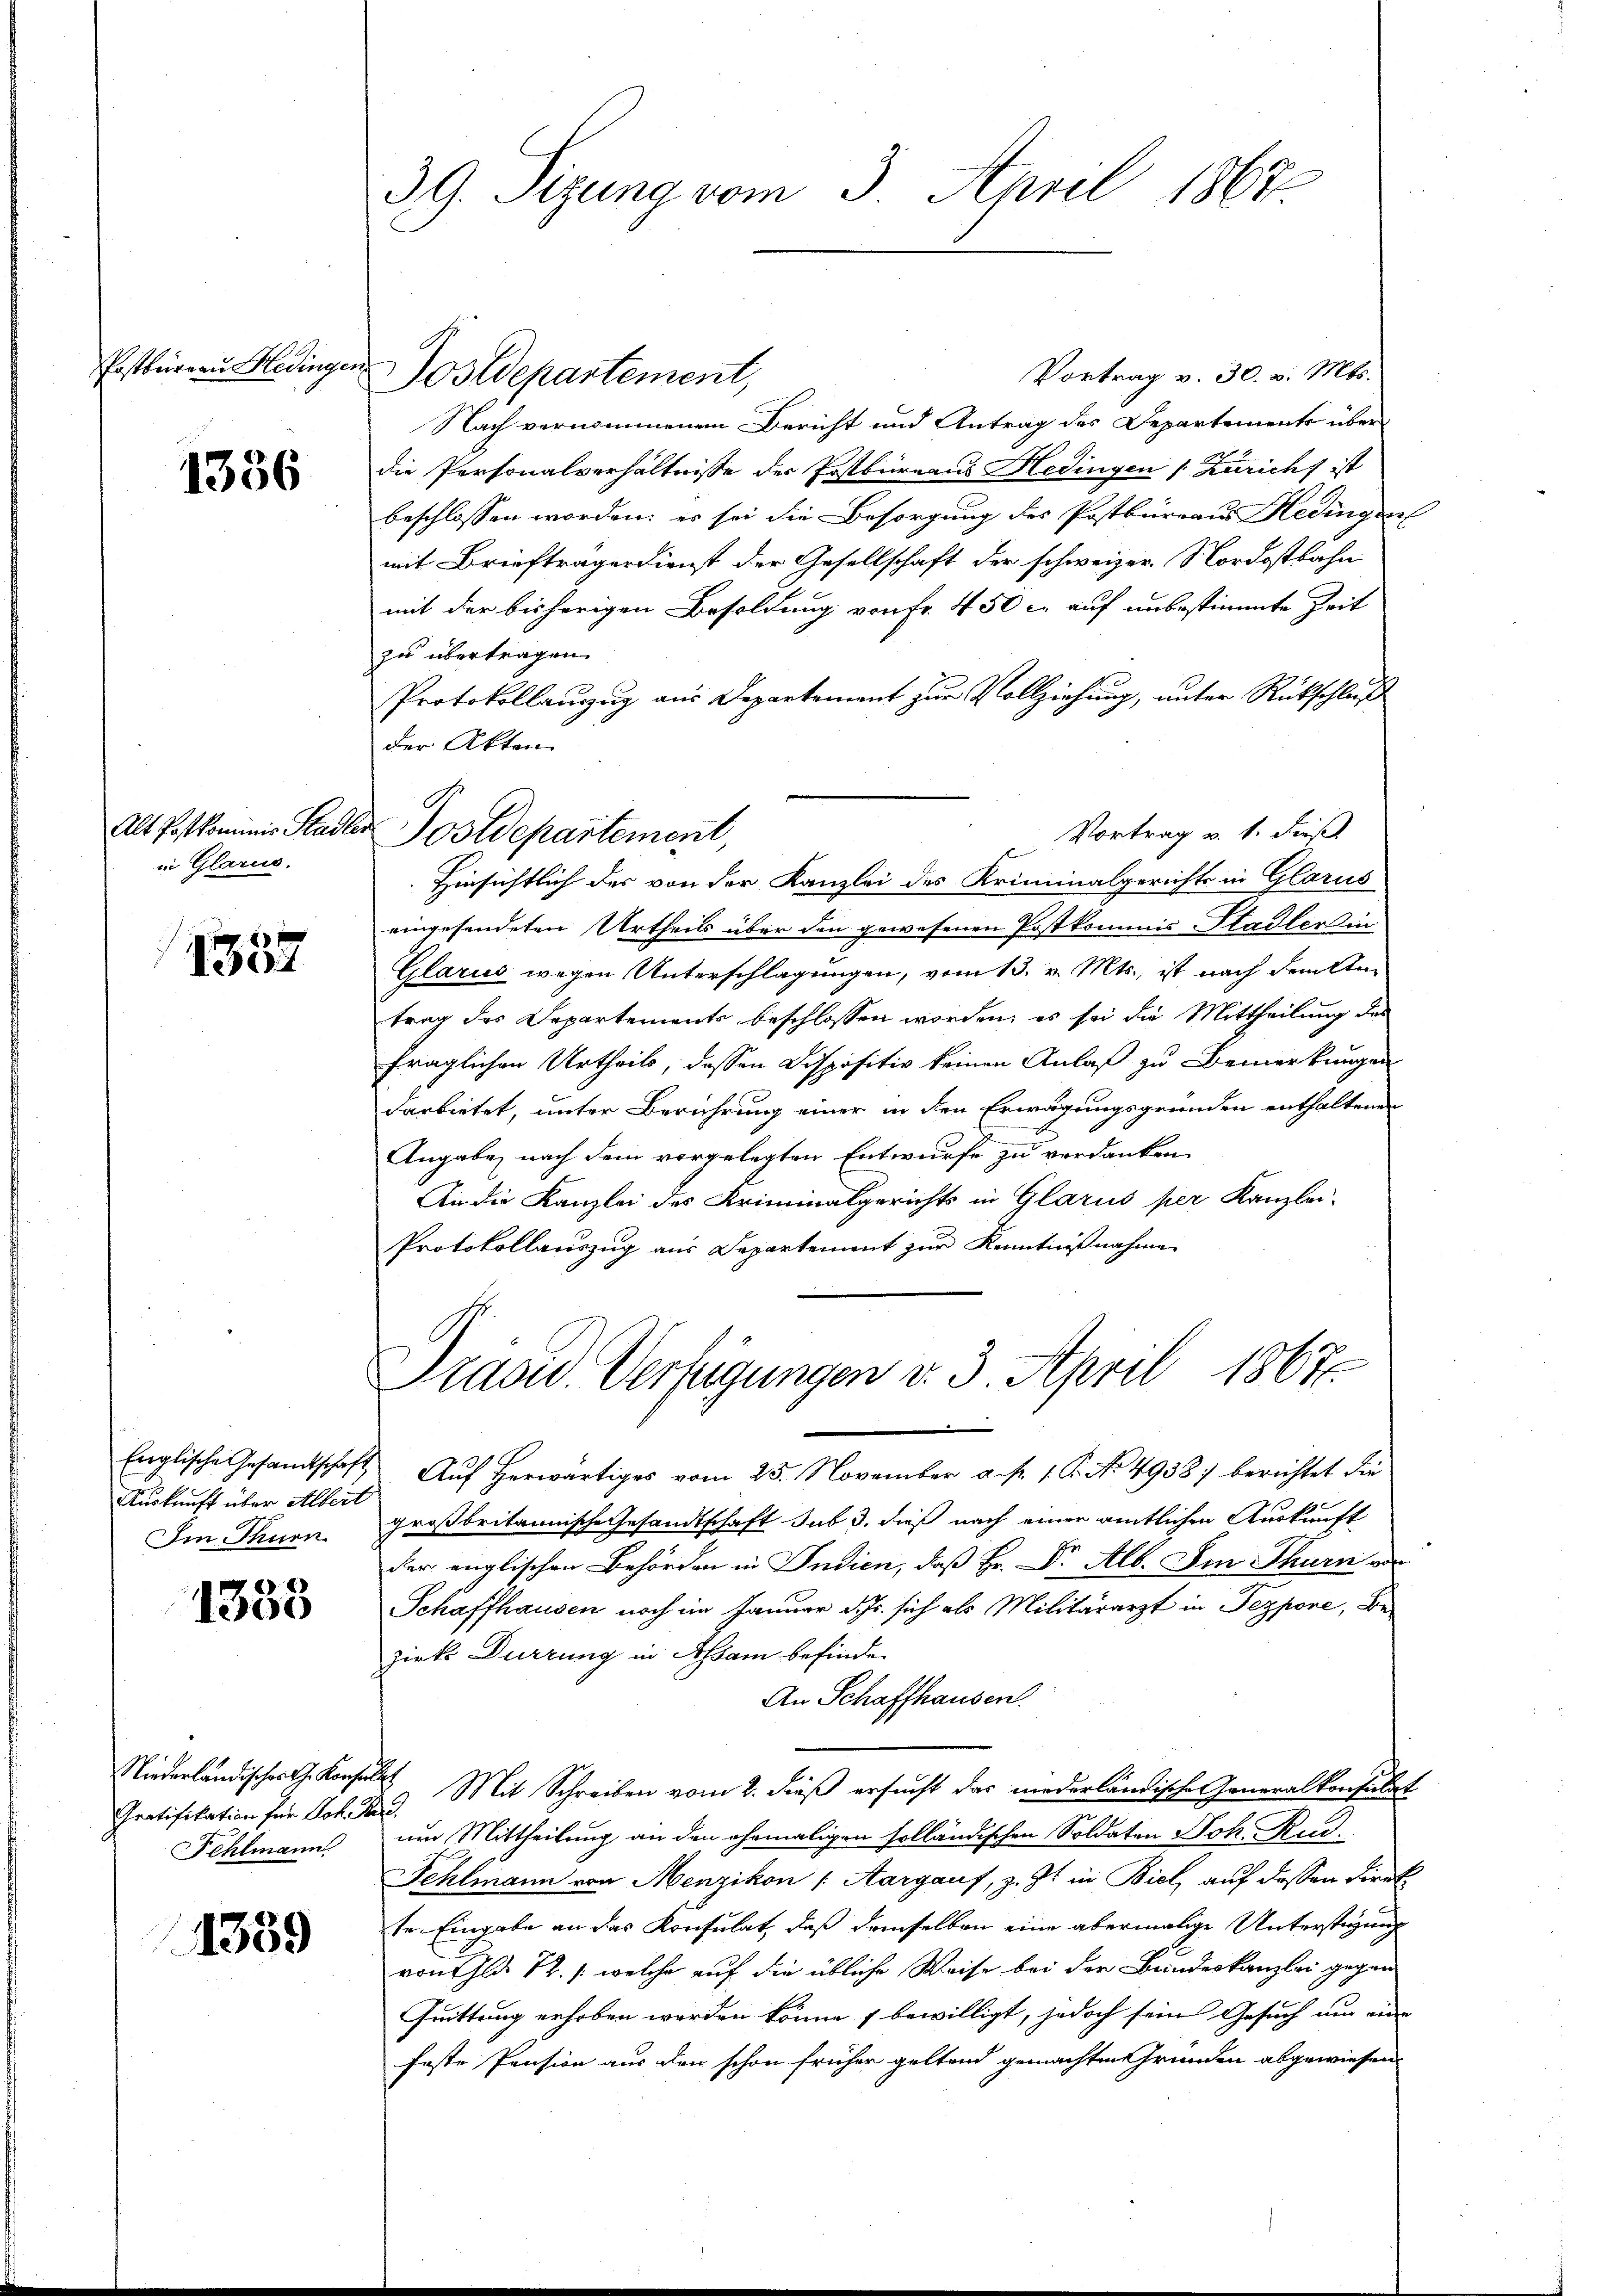
Postbureau Hedingen

1336

in Glarus.

1337

Englische Gesandtschaft
Auskunft über Albert
Im Thurn

768)
1300

Gratifikation für Joh. Rud.
Fehlmann

1389

39. Sizung vom 3. April 1867.

Vortrag v. 30. v. Mts.
Postdepartement,
Nach vernommenen Bericht und Antrag des Departements über
die Personalverhältnisse der Postbureaus Hedingen (Züricht ist
beschlossen worden; es sei die Besorgung des Postbureaus Hedingen
mit Briefträgerdienst der Gesellschaft der schweizer. Nordostbahn
mit der bisherigen Besoldung von Fr. 450 c. auf unbestimmte Zeit
zu übertragen.
Protokollauszug aus Departement zur Vollziehung, unter Rückschluß
der Akten
Hinsichtlich der von der Kanzlei des Kriminalgerichts in Glarus
eingesendeten Urtheils über den gewesenen Postkommis-Stadler in
Glarus wegen Unterschlagungen, vom 13. v. Mts., ist nach den An
trag des Departements beschlossen worden, es sei die Mittheilung des
fraglichen Urtheils, dessen Dispositiv keinen Anlaß zu Bemerkungen
darbietet, unter Berührung einer in den Erwägungsgründen enthaltenen
Angabe nach dem vorgelegten Entwurfe zu verdanken,
An die Kanzlei des Kriminalgerichts in Glarus per Kanzlei-
Protokollauszug aus Departement zur Kenntnißnahme
Präsid. Verfügungen v. 3. April 1867
u
Auf herwärtiges vom 25. November a. p. 1. P. No. 4938) berichtet die
großbritannische Gesandtschaft sub 3. dieß nach einer amtlichen Auskunft
der englischen Behörden in Indien, daß Hr. Dr. Alb. Im Thurn von
Schaffhausen noch im Januar d. Js. sich als Militärarzt in Pezpore, Bezirks Dürzung in Ahsam befinden
An Schaffhausen.
Niederländischer h. Konsul Mit Schreiben vom 2. dieß ersucht das niederländische Generalkonsulat
um Mittheilung an den ehemaligen solländischen Soldaten Joh. Rud.
Fehlmann von Menzikon (Aargaus, z. Zt. in Biel, auf dessen Direkte Eingabe an das Konsulat, daß demselben eine abermalige Unterstigung
von Thld 12. /: welche auf die übliche Weise bei der Bundeskanzlei gegen
Quittung erhoben werden könne bewilligt, jedoch sein Gesuch um eine
feste Pension aus den schon früher geltend gemachten Gründen abgewiesen

Alt Postkominis Stadler Postdepartement,

Vortrag v. 1. Fies